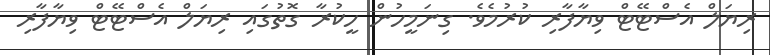
ރިޔަލް އެސްޓޭޓް ވިޔާފާރި ކުރުމެވެ. ގިނަމީހުން ހީކުރާ ގޮތުގައި ރިޔަލް އެސްޓޭޓް ވިޔާފާރި